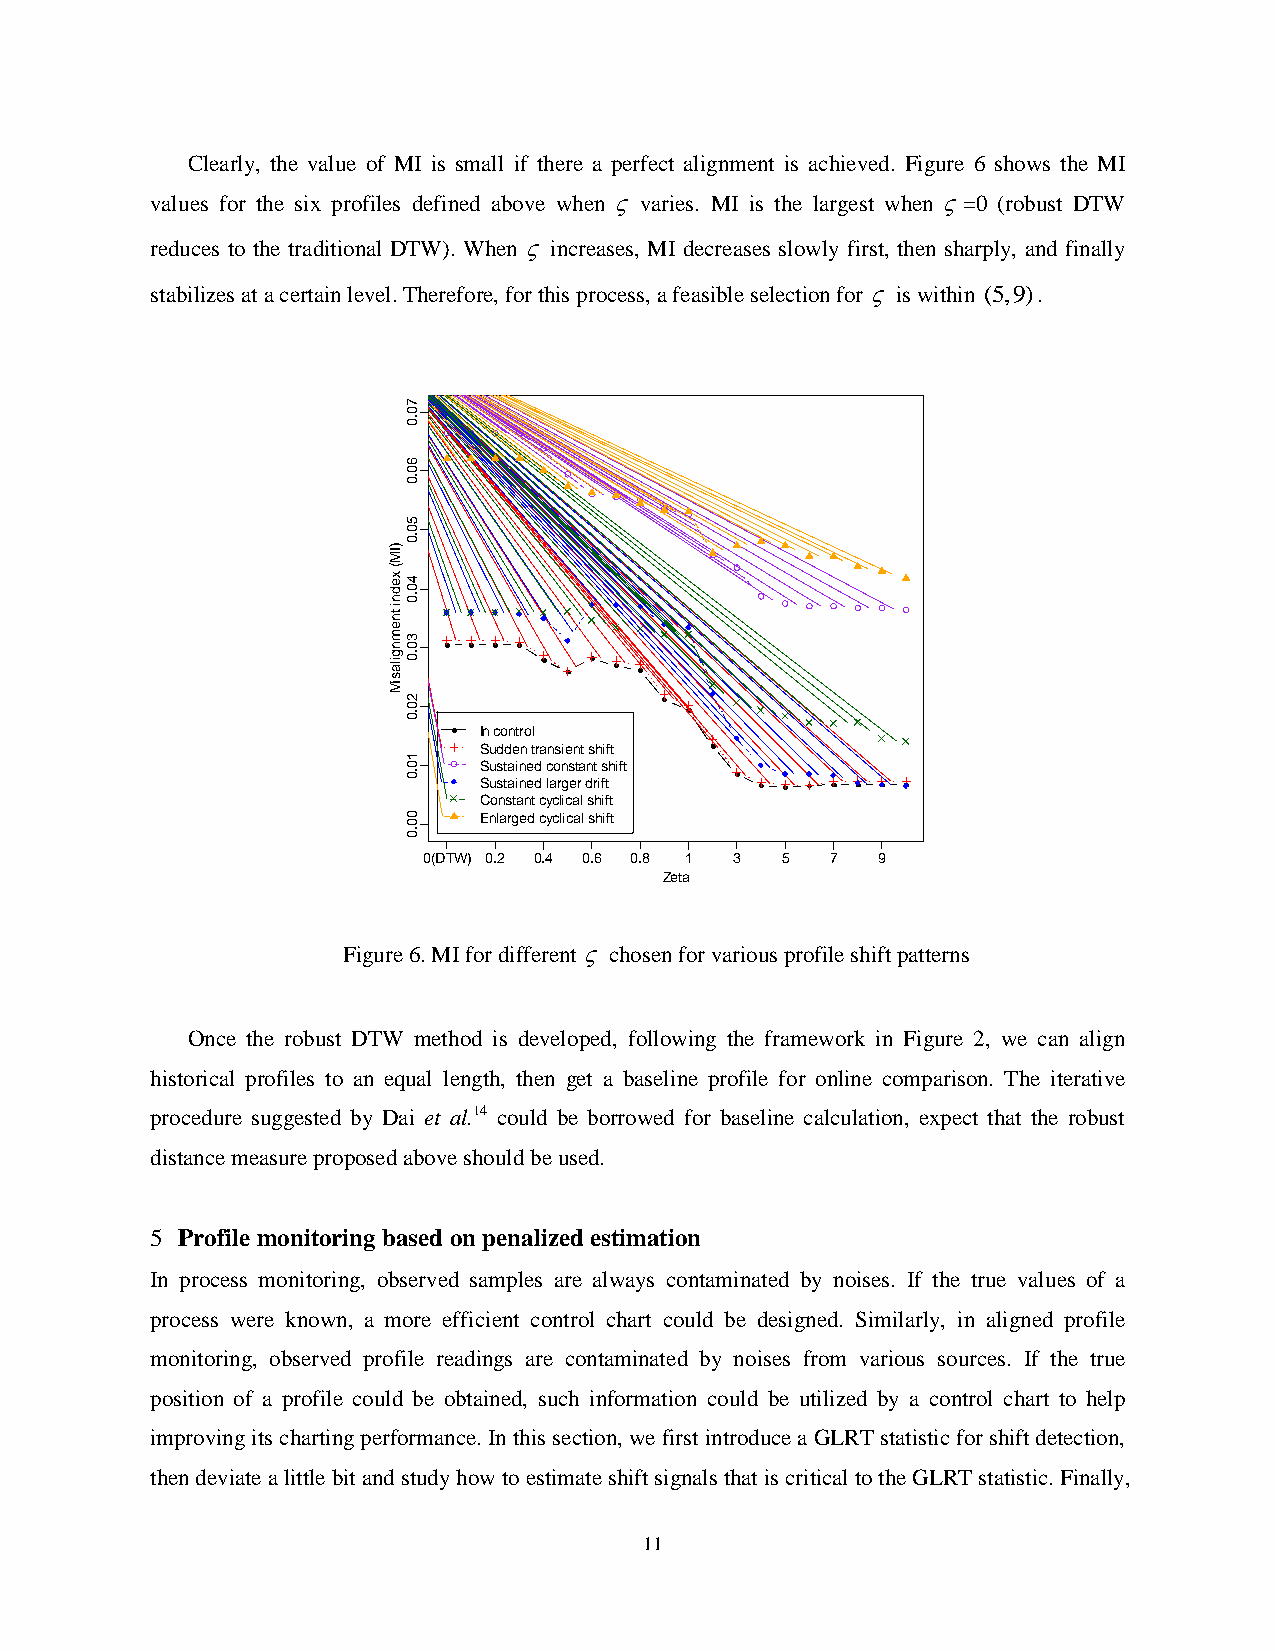
Clearly, the value of MI is small if there a perfect alignment is achieved. Figure 6 shows the MI
 values for the six profiles defined above when  varies. MI is the largest when =0 (robust DTW
 reduces to the traditional DTW). When  increases, MI decreases slowly first, then sharply, and finally
 stabilizes at a certain level. Therefore, for this process, a feasible selection for  is within (5,9).
 7
 0
 .0
 6
 0
 .0
 5
 0
 .0
 )IM
 (
 x e d n4 0 .0
 i
 tn
 e
 m3
 n0
 g ila.0
 s
 iM
 2
 0
 .0
 In control
 Sudden transient shift
 1
 0    Sustained constant shift
 .0
 Sustained larger drift
 Constant cyclical shift
 0 0  Enlarged cyclical shift
 .0
 0(DTW) 0.2 0.4 0.6 0.8 1 3 5 7 9
 Zeta
 Figure 6. MI for different  chosen for various profile shift patterns
 Once the robust DTW method is developed, following the framework in Figure 2, we can align
 historical profiles to an equal length, then get a baseline profile for online comparison. The iterative
 procedure suggested by Dai et al.14 could be borrowed for baseline calculation, expect that the robust
 distance measure proposed above should be used.
 5 Profile monitoring based on penalized estimation
 In process monitoring, observed samples are always contaminated by noises. If the true values of a
 process were known, a more efficient control chart could be designed. Similarly, in aligned profile
 monitoring, observed profile readings are contaminated by noises from various sources. If the true
 position of a profile could be obtained, such information could be utilized by a control chart to help
 improving its charting performance. In this section, we first introduce a GLRT statistic for shift detection,
 then deviate a little bit and study how to estimate shift signals that is critical to the GLRT statistic. Finally,
 11